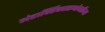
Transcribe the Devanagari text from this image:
अंटार्क्टिकासभोवतीच्या